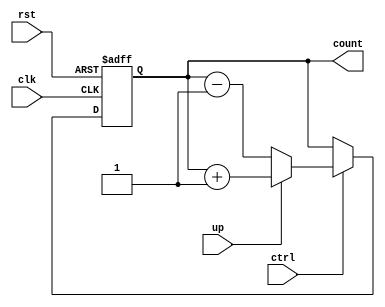
module UpDownCounter (
    input wire clk,
    input wire rst,
    input wire ctrl,
    input wire up,
    output reg [7:0] count
);

initial begin
    count = 8'b00000000; // initial value
end

always @ (posedge clk or posedge rst) begin
    if (rst)
        count <= 8'b00000000; // reset to initial value
    else if (ctrl) begin
        if (up)
            count <= count + 1; // increment
        else
            count <= count - 1; // decrement
    end
end

endmodule